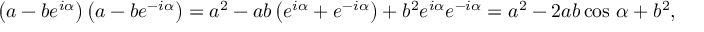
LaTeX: \left( a - b e ^ { i \alpha } \right) \left( a - b e ^ { - i \alpha } \right) = a ^ { 2 } - a b \left( e ^ { i \alpha } + e ^ { - i \alpha } \right) + b ^ { 2 } e ^ { i \alpha } e ^ { - i \alpha } = a ^ { 2 } - 2 a b \cos \, \alpha + b ^ { 2 } ,